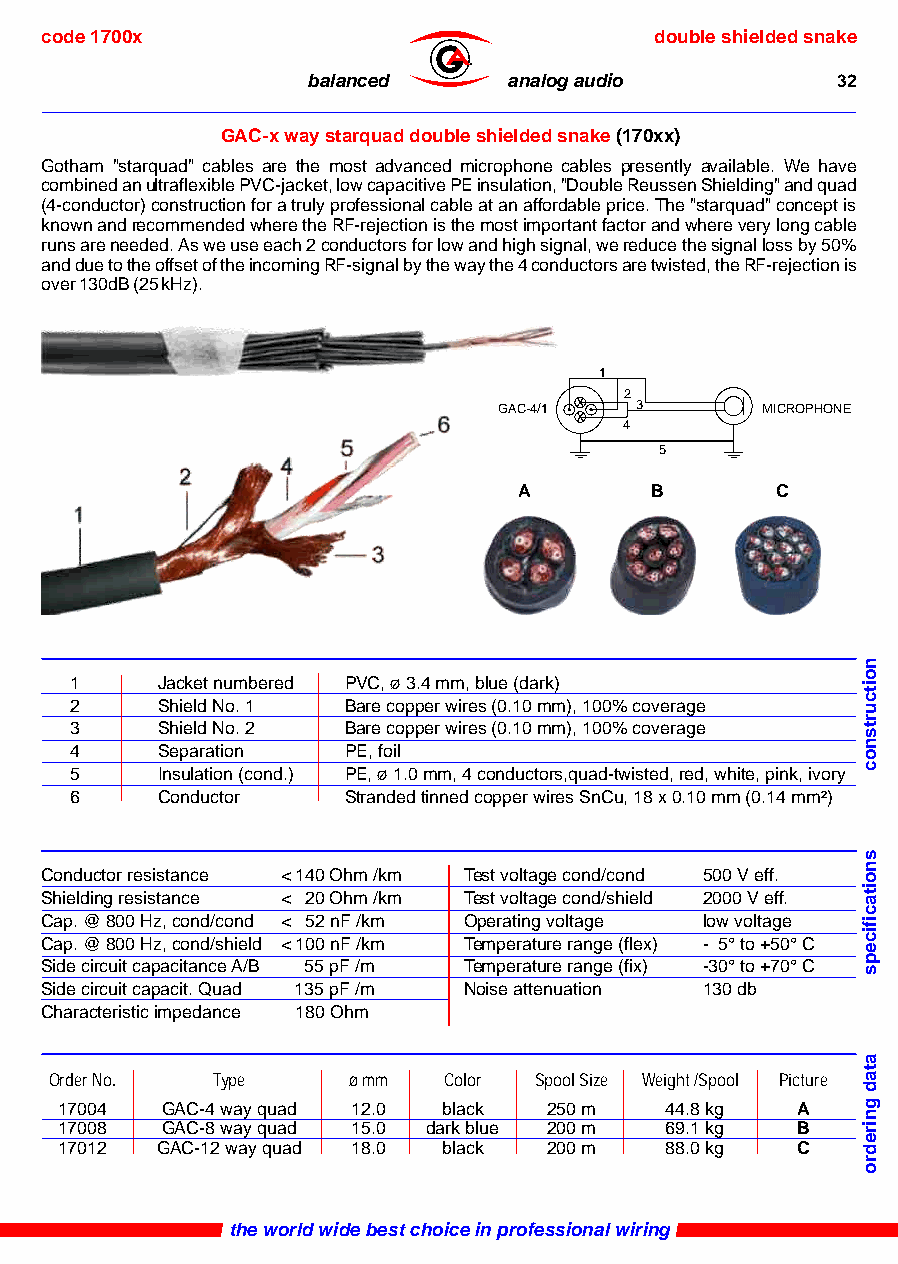
code 1700x                              double shielded snake
 ®
 balanced      analog audio         32
 GAC-x way starquad double shielded snake (170xx)
 Gotham "starquad" cables are the most advanced microphone cables presently available. We have
 combined an ultraflexible PVC-jacket, low capacitive PE insulation, "Double Reussen Shielding" and quad
 (4-conductor) construction for a truly professional cable at an affordable price. The "starquad" concept is
 known and recommended where the RF-rejection is the most important factor and where very long cable
 runs are needed. As we use each 2 conductors for low and high signal, we reduce the signal loss by 50%
 and due to the offset of the incoming RF-signal by the way the 4 conductors are twisted, the RF-rejection is
 over 130dB (25 kHz).
 1
 2
 GAC-4/1  3       MICROPHONE
 4
 5
 A        B       C
 1    Jacket numbered PVC, ø 3.4 mm, blue (dark)
 2    Shield No. 1 Bare copper wires (0.10 mm), 100% coverage
 3    Shield No. 2 Bare copper wires (0.10 mm), 100% coverage
 4    Separation   PE, foil
 5    Insulation (cond.) PE, ø 1.0 mm, 4 conductors,quad-twisted, red, white, pink, ivory
 6    Conductor    Stranded tinned copper wires SnCu, 18 x 0.10 mm (0.14 mm²)
 Conductor resistance < 140 Ohm /km Test voltage cond/cond 500 V eff.
 Shielding resistance < 20 Ohm /km Test voltage cond/shield 2000 V eff.
 Cap. @ 800 Hz, cond/cond < 52 nF /km Operating voltage low voltage
 Cap. @ 800 Hz, cond/shield < 100 nF /km Temperature range (flex) - 5° to +50° C
 Side circuit capacitance A/B 55 pF /m Temperature range (fix) -30° to +70° C
 Side circuit capacit. Quad 135 pF /m Noise attenuation 130 db
 Characteristic impedance 180 Ohm
 Order No.  Type     ø mm  Color Spool Size Weight /Spool Picture
 17004  GAC-4 way quad 12.0 black 250 m  44.8 kg  A
 17008  GAC-8 way quad 15.0 dark blue 200 m 69.1 kg B
 17012 GAC-12 way quad 18.0 black 200 m  88.0 kg  C
 the world wide best choice in professional wiring
 noitcurtsnoc
 snoitacificeps
 atad
 gniredro